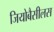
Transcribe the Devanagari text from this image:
जियोबैसीलस